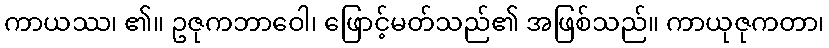
ကာယဿ၊ ၏။ ဥဇုကဘာဝေါ၊ ဖြောင့်မတ်သည်၏ အဖြစ်သည်။ ကာယုဇုကတာ၊